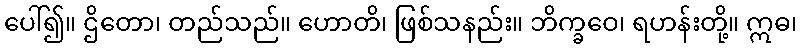
ပေါ်၍။ ဌိတော၊ တည်သည်။ ဟောတိ၊ ဖြစ်သနည်း။ ဘိက္ခဝေ၊ ရဟန်းတို့။ ဣဓ၊